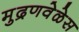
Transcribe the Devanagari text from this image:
मुद्रणवेळेस